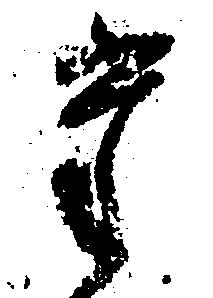
た